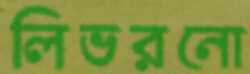
লিভরনো